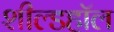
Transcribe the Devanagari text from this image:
शील्डहॉल